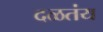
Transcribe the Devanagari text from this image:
दळतंय